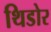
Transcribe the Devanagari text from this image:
थिडोर